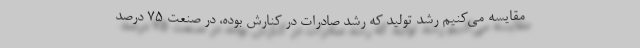
مقایسه می‌کنیم رشد تولید که رشد صادرات در کنارش بوده، در صنعت 75 درصد